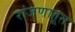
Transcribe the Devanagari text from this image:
रांजणातून